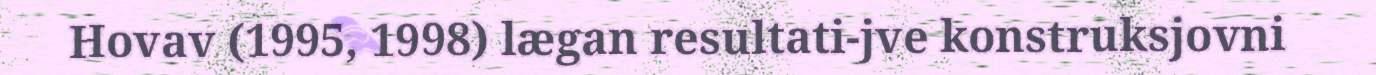
Hovav (1995, 1998) lægan resultati-jve konstruksjovni